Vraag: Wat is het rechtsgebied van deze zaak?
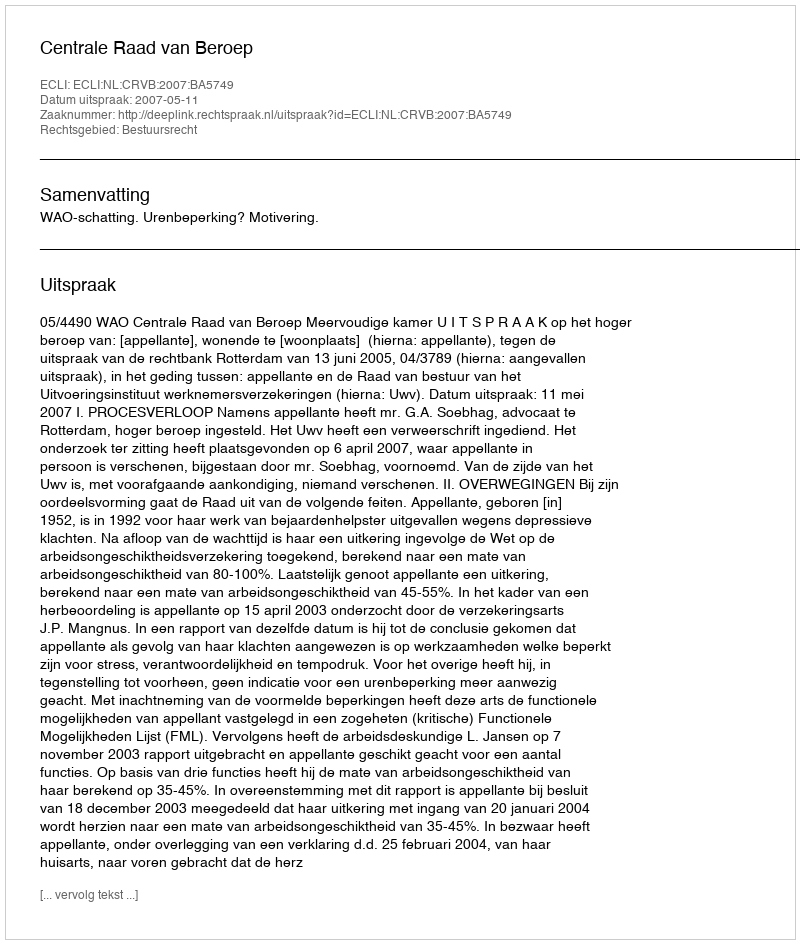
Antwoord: Bestuursrecht